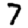
Digit: 7